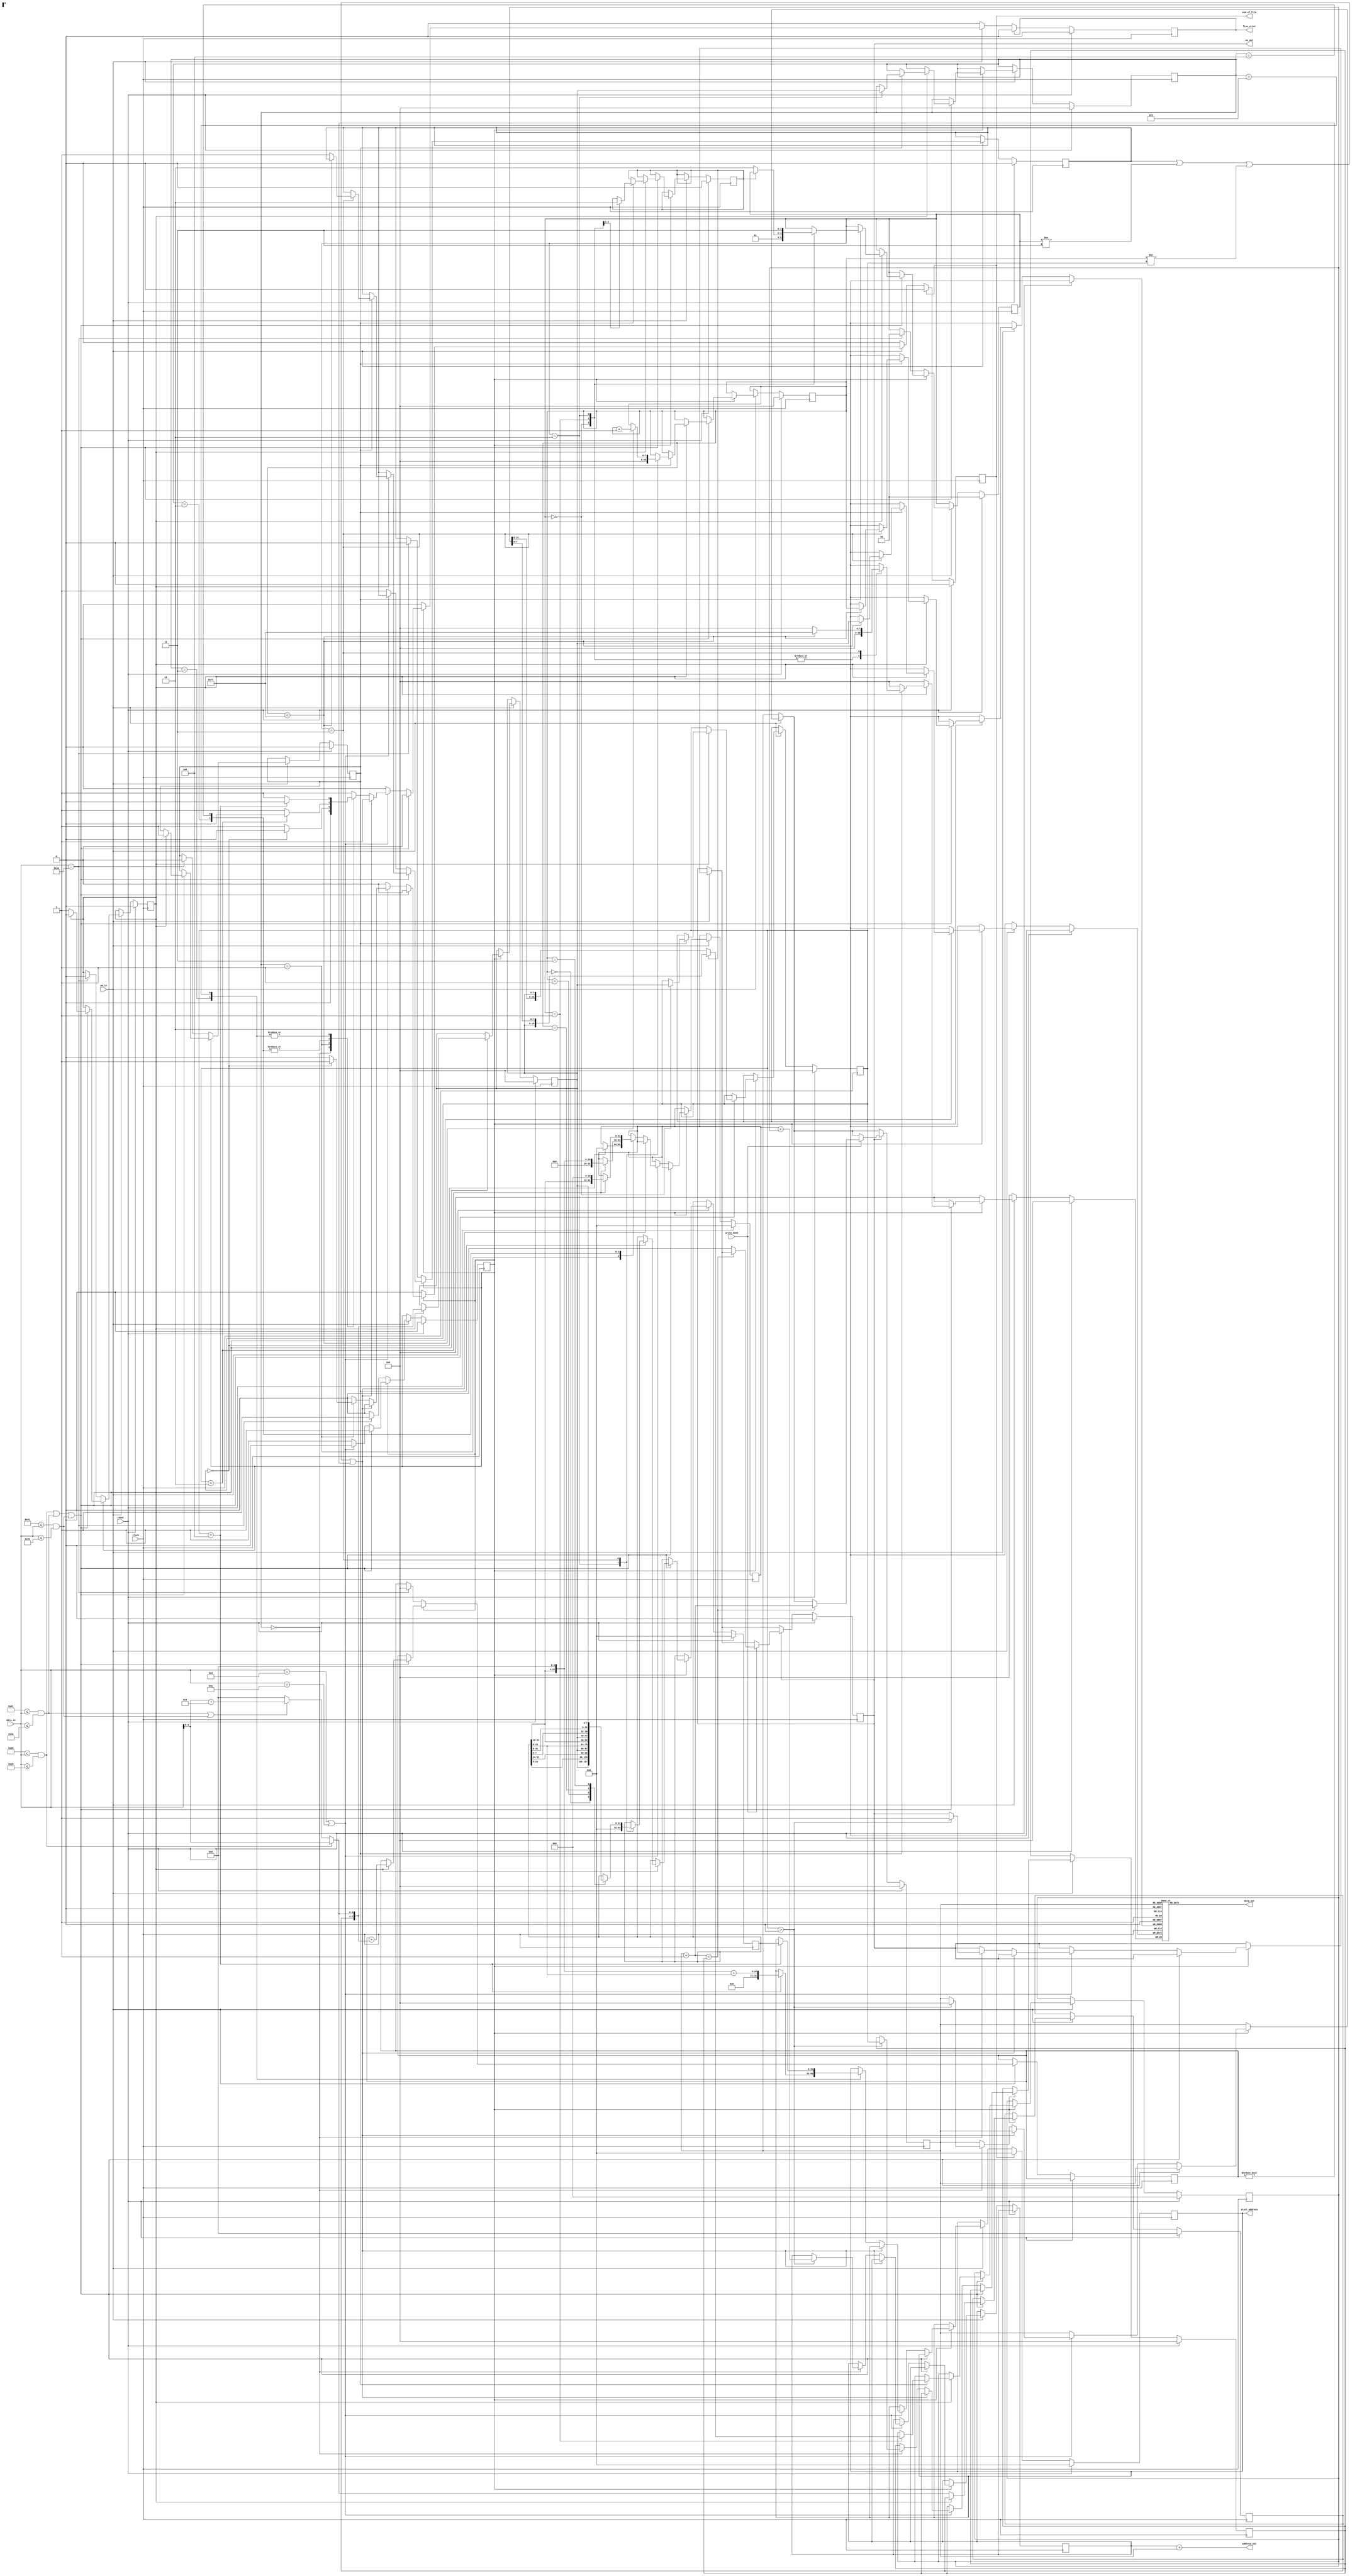
module ihex_decoder(
	clock, reset,
	we_in, data_in, write_done,
	we_out, data_out, address_out, start_address,
	end_of_file, line_error
);
	input clock;
	input reset;
	input we_in;
	input [7:0] data_in;
	input write_done;
	output we_out;
	output [7:0] data_out;
	output [31:0] address_out;
	output [31:0] start_address;
	output end_of_file;
	output line_error;

	reg colon_seen;
	reg line_error_flag;
	reg [3:0] first_nibble;
	reg first_nibble_read;
	reg [1:0] read_phase;
	reg [7:0] data_size_field;
	reg [15:0] address_field;
	reg read_address_high;
	reg [7:0] type_field;
	reg [7:0] last_byte;
	reg last_byte_valid;
	reg [7:0] checksum_computed;

	reg [7:0] data_field[255:0];
	reg [7:0] data_field_read_size;
	reg [31:0] data_field_first;
	reg [31:0] address_offset;

	reg [7:0] writing_pos;
	reg [7:0] writing_size;
	reg [31:0] writing_offset;
	reg writing;

	wire we_out = writing;
	wire [7:0] data_out = data_field[writing_pos];
	wire [31:0] address_out = writing_offset + {24'd0, writing_pos};

	reg [31:0] start_address;
	reg end_of_file;
	reg line_error;

	wire is_colon = data_in == 8'h3a;
	wire is_newline = data_in == 8'h0d || data_in == 8'h0a;
	wire is_number = 8'h30 <= data_in && data_in <= 8'h39;
	wire is_upper = 8'h41 <= data_in && data_in <= 8'h46;
	wire is_lower = 8'h61 <= data_in && data_in <= 8'h66;
	wire is_xdigit = is_number | is_upper | is_lower;
	wire [3:0] xdigit =
		is_number ? data_in[3:0] :
		is_upper | is_lower ? data_in[3:0] + 4'd9 :
		4'd0;
	wire [7:0] byte_read = {first_nibble, xdigit};

	always @(posedge clock) begin
		if (reset) begin
			colon_seen <= 1'b0;
			line_error_flag <= 1'b0;
			first_nibble <= 4'd0;
			first_nibble_read <= 1'b0;
			read_phase <= 2'b0;
			data_size_field <= 8'd0;
			address_field <= 16'd0;
			read_address_high <= 1'b0;
			type_field <= 8'd0;
			last_byte <= 8'd0;
			last_byte_valid <= 1'b0;
			data_field_read_size <= 8'd0;
			data_field_first <= 32'd0;
			address_offset <= 32'd0;
			writing_pos <= 8'd0;
			writing_size <= 8'd0;
			writing <= 1'b0;
			start_address <= 32'd0;
			end_of_file <= 1'b0;
			line_error <= 1'b0;
		end else begin
			if (we_in) begin
				if (colon_seen) begin
					if (is_xdigit) begin
						if (first_nibble_read) begin
							first_nibble_read <= 1'b0;
							if (last_byte_valid) begin
								case (read_phase)
									2'd0: begin
										data_size_field <= last_byte;
										read_phase <= 2'd1;
										read_address_high <= 1'b1;
									end 2'd1: begin
										if (read_address_high) begin
											address_field <= {last_byte, address_field[7:0]};
											read_address_high <= 1'b0;
										end else begin
											address_field <= {address_field[15:8], last_byte};
											read_phase <= 2'd2;
										end
									end 2'd2: begin
										type_field <= last_byte;
										read_phase <= 2'd3;
										data_field_read_size <= 8'd0;
										data_field_first <= 32'd0;
									end 2'd3: begin
										case (data_field_read_size)
											8'd0: data_field_first <= {last_byte, data_field_first[23:0]};
											8'd1: data_field_first <= {data_field_first[31:24], last_byte, data_field_first[15:0]};
											8'd2: data_field_first <= {data_field_first[31:16], last_byte, data_field_first[7:0]};
											8'd3: data_field_first <= {data_field_first[31:8], last_byte};
										endcase
										if (data_field_read_size < 8'hff) begin
											data_field[data_field_read_size] <= last_byte;
											data_field_read_size <= data_field_read_size + 8'd1;
										end else begin
											line_error_flag <= 1'b1;
										end
									end
								endcase
							end
							checksum_computed <= checksum_computed + byte_read;
							last_byte <= byte_read;
							last_byte_valid <= 1'b1;
						end else begin
							first_nibble <= xdigit;
							first_nibble_read <= 1'b1;
						end
					end else if (is_newline) begin
						if (line_error_flag || read_phase != 2'd3 || data_field_read_size != data_size_field || checksum_computed != 8'd0) begin
							line_error <= 1'b1;
						end else begin
							case (type_field)
								8'h00: begin // 
									if (data_size_field > 8'd0) begin
										writing_pos <= 8'd0;
										writing_size <= data_size_field;
										writing_offset <= address_offset + {16'd0, address_field};
										writing <= 1'b1;
									end
								end 8'h01: begin // End of File
									if (data_size_field == 8'd0) begin
										end_of_file <= 1'b1;
										address_offset <= 32'd0;
									end else begin
										line_error <= 1'b1;
									end
								end 8'h02: begin // 
									if (data_size_field == 8'd2) begin
										address_offset <= {12'd0, data_field_first[31:16], 4'd0};
									end else begin
										line_error <= 1'b1;
									end
								end 8'h03: begin // 
									if (data_size_field == 8'd4) begin
										start_address <= {12'd0, data_field_first[31:16], 4'd0} + {16'd0, data_field_first[15:0]};
									end else begin
										line_error <= 1'b1;
									end
								end 8'h04: begin // 
									if (data_size_field == 8'd2) begin
										address_offset <= {data_field_first[31:16], 16'd0};
									end else begin
										line_error <= 1'b1;
									end
								end 8'h05: begin // 
									if (data_size_field == 8'd4) begin
										start_address <= data_field_first;
									end else begin
										line_error <= 1'b1;
									end
								end default: begin
									line_error <= 1'b1;
								end
							endcase
						end
						colon_seen <= 1'b0;
					end else begin
						line_error_flag <= 1'b1;
					end
				end else begin
					if (is_colon) begin
						colon_seen <= 1'b1;
						line_error_flag <= 1'b0;
						read_phase <= 2'b0;
						last_byte_valid <= 1'b0;
						first_nibble_read <= 1'b0;
						checksum_computed <= 8'd0;
					end
				end
			end
			if (end_of_file) begin
				end_of_file <= 1'b0;
				start_address <= 32'd0;
			end
			if (line_error) line_error <= 1'b0;
			if (writing) begin
				if (write_done) begin
					if (writing_pos + 8'd1 < writing_size) begin
						writing_pos <= writing_pos + 8'd1;
					end else begin
						writing <= 1'b0;
					end
				end
			end
		end
	end

endmodule